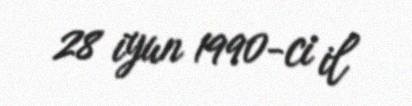
28 iyun 1990-ci il